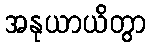
အနုယာယိတွာ